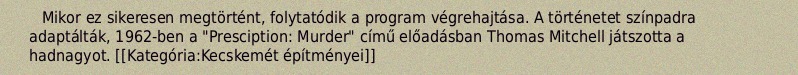
Mikor ez sikeresen megtörtént, folytatódik a program végrehajtása. A történetet színpadra adaptálták, 1962-ben a "Presciption: Murder" című előadásban Thomas Mitchell játszotta a hadnagyot. [[Kategória:Kecskemét építményei]]